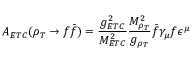
{ \cal A } _ { E T C } ( \rho _ { T } \rightarrow f \bar { f } ) = \frac { g _ { E T C } ^ { 2 } } { M _ { E T C } ^ { 2 } } \frac { M _ { \rho _ { T } } ^ { 2 } } { g _ { \rho _ { T } } } \bar { f } \gamma _ { \mu } f \epsilon ^ { \mu }